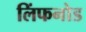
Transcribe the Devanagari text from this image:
लिंफनोड